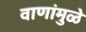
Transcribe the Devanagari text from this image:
वाणांमुळे